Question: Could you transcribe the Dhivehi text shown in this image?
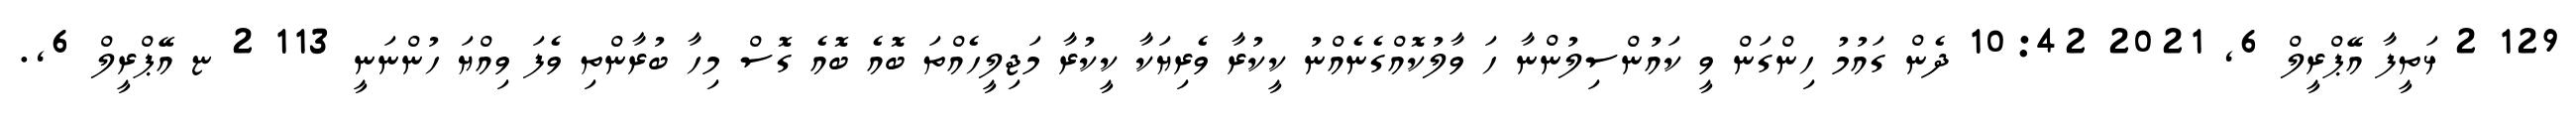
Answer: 129 2 ޅަތީފާ އޭޕްރީލް 6, 2021 10:42 ދެން ގައުމު ހިންގަން ވީ ކައުންސިލުންނާ ހަ ވާލުކޮއްގެނެއްނު ކީކުރާ ވެރިޔަކާ ކީކުރާ މަޖިލީހެއްތަ ބޮއެ ބޮއެ ގޮސް މިހާ ބުރާންތި ވެފަ ވިއްޔަ ހުންނަނީ 113 2 ޏ އޭޕްރީލް 6,.